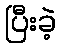
ပြီးခဲ့